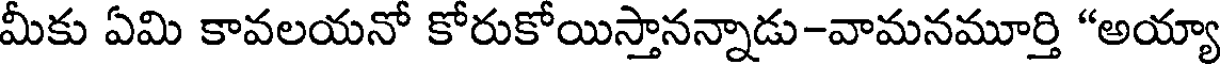
మీకు ఏమి కావలయనో కోరుకోయిస్తానన్నాడు-వామనమూర్తి "అయ్యా